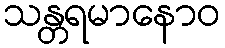
သန္တရမာနောဝ